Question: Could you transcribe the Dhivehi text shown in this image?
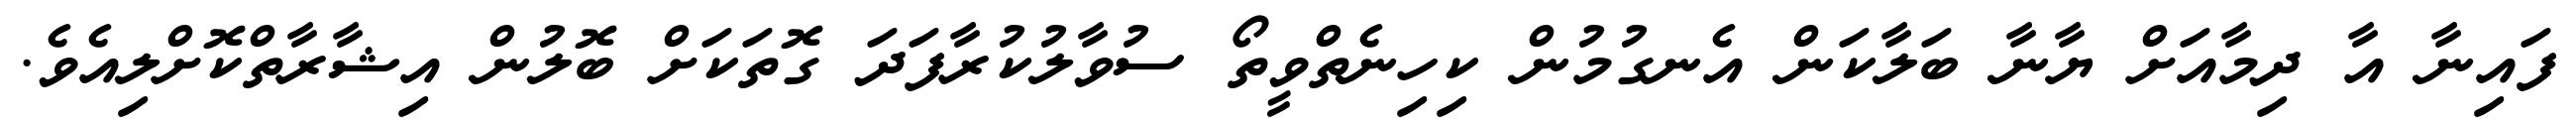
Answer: ފައިނާ އާ ދިމާއަށް ޔާނާ ބަލާކަން އެނގުމުން ކިހިނެތްވީތޯ ސުވާލުކުރާފަދަ ގޮތަކަށް ބޮލުން އިޝާރާތްކޮށްލިއެވެ.